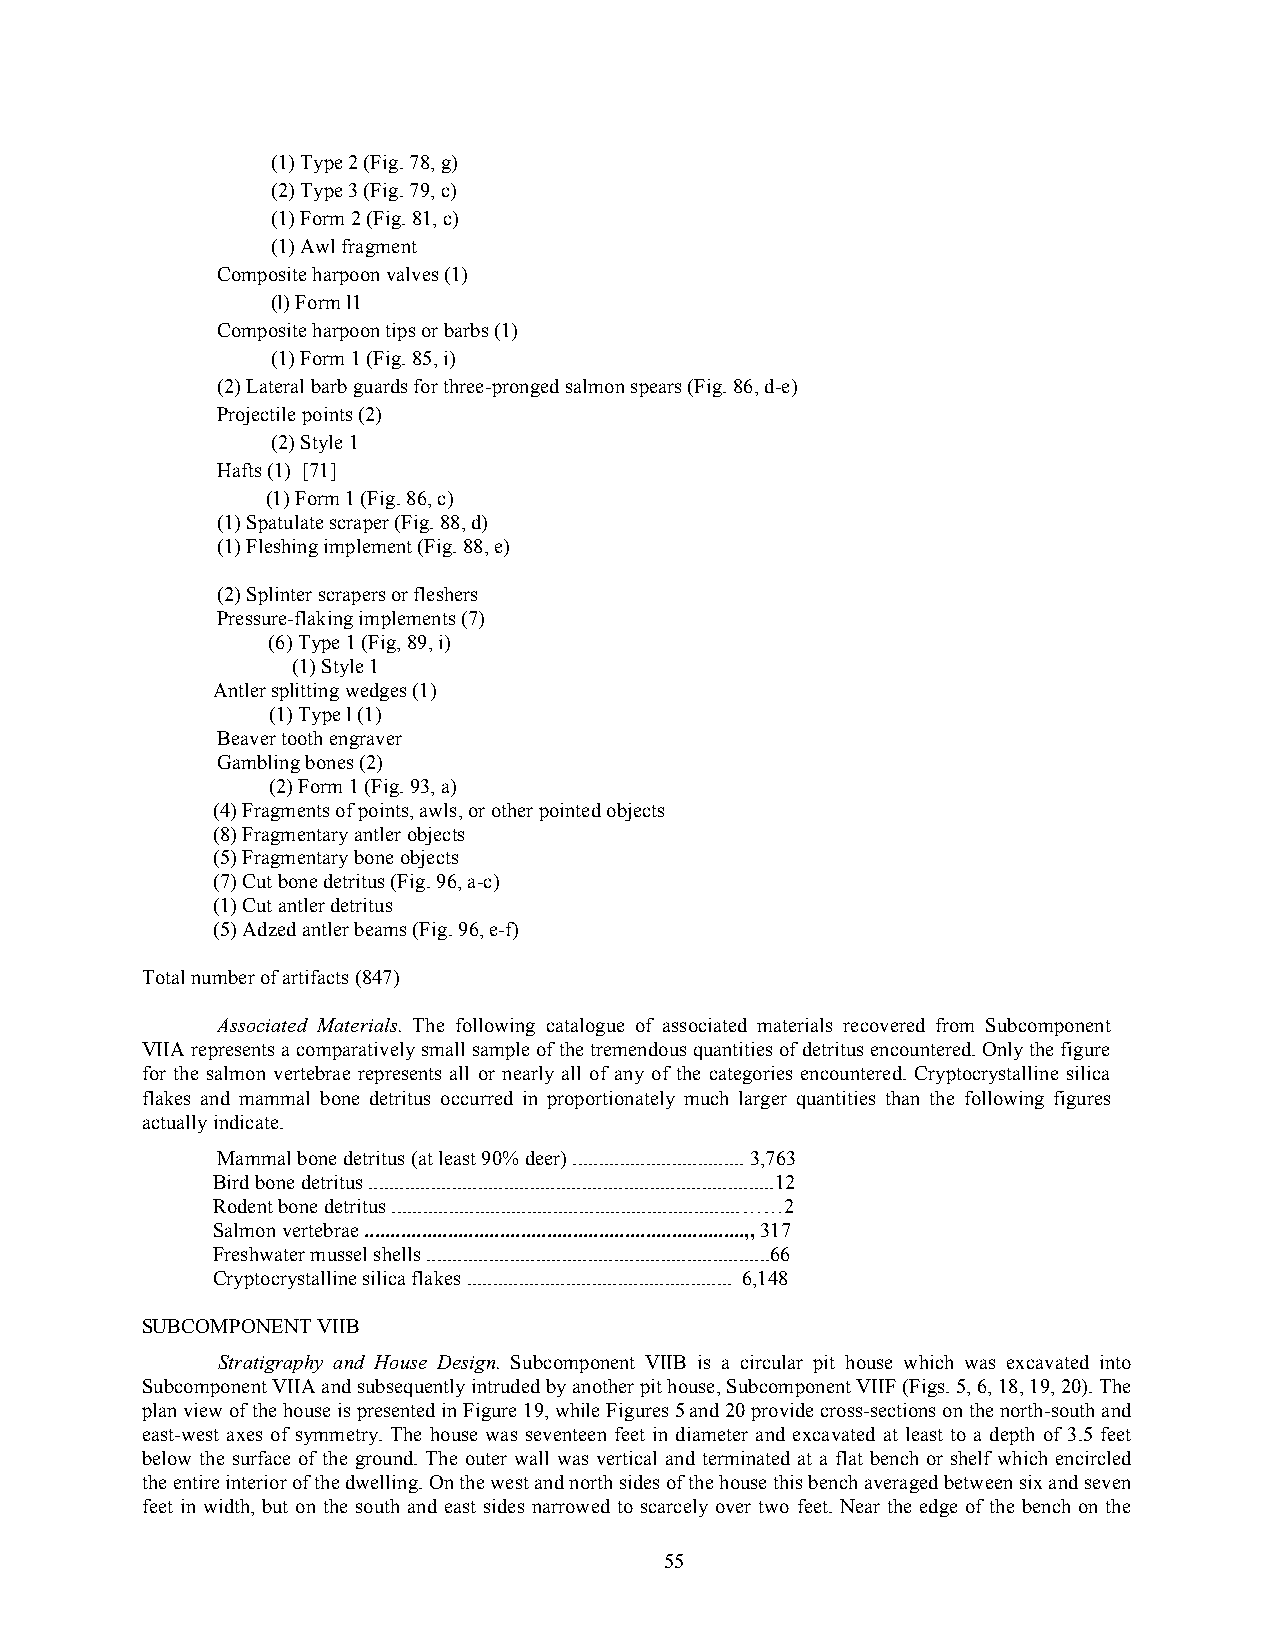
(1) Type 2 (Fig. 78, g)
 (2) Type 3 (Fig. 79, c)
 (1) Form 2 (Fig. 81, c)
 (1) Awl fragment
 Composite harpoon valves (1)
 (l) Form l1
 Composite harpoon tips or barbs (1)
 (1) Form 1 (Fig. 85, i)
 (2) Lateral barb guards for three-pronged salmon spears (Fig. 86, d-e)
 Projectile points (2)
 (2) Style 1
 Hafts (1) [71]
 (1) Form 1 (Fig. 86, c)
 (1) Spatulate scraper (Fig. 88, d)
 (1) Fleshing implement (Fig. 88, e)
 (2) Splinter scrapers or fleshers
 Pressure-flaking implements (7)
 (6) Type 1 (Fig, 89, i)
 (1) Style 1
 Antler splitting wedges (1)
 (1) Type l (1)
 Beaver tooth engraver
 Gambling bones (2)
 (2) Form 1 (Fig. 93, a)
 (4) Fragments of points, awls, or other pointed objects
 (8) Fragmentary antler objects
 (5) Fragmentary bone objects
 (7) Cut bone detritus (Fig. 96, a-c)
 (1) Cut antler detritus
 (5) Adzed antler beams (Fig. 96, e-f)
 Total number of artifacts (847)
 Associated Materials. The following catalogue of associated materials recovered from Subcomponent
 VIIA represents a comparatively small sample of the tremendous quantities of detritus encountered. Only the figure
 for the salmon vertebrae represents all or nearly all of any of the categories encountered. Cryptocrystalline silica
 flakes and mammal bone detritus occurred in proportionately much larger quantities than the following figures
 actually indicate.
 Mammal bone detritus (at least 90% deer) ................................. 3,763
 Bird bone detritus ..............................................................................12
 Rodent bone detritus ................................................................... ……2
 Salmon vertebrae .........................................................................,, 317
 Freshwater mussel shells ..................................................................66
 Cryptocrystalline silica flakes ................................................... 6,148
 SUBCOMPONENT VIIB
 Stratigraphy and House Design. Subcomponent VIIB is a circular pit house which was excavated into
 Subcomponent VIIA and subsequently intruded by another pit house, Subcomponent VIIF (Figs. 5, 6, 18, 19, 20). The
 plan view of the house is presented in Figure 19, while Figures 5 and 20 provide cross-sections on the north-south and
 east-west axes of symmetry. The house was seventeen feet in diameter and excavated at least to a depth of 3.5 feet
 below the surface of the ground. The outer wall was vertical and terminated at a flat bench or shelf which encircled
 the entire interior of the dwelling. On the west and north sides of the house this bench averaged between six and seven
 feet in width, but on the south and east sides narrowed to scarcely over two feet. Near the edge of the bench on the
 55